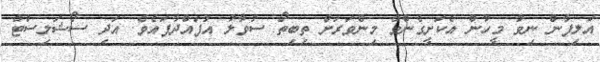
އަލިފާން ނިވާ މީހުން އެކަށީގެންވާ މިންވަރަށް ތިބިތޯ ސުވާލު އުފައްދާފައެވެ. އަދި ސޯޝަލިސްޓް